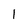
Character: 1